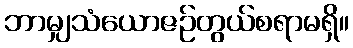
ဘာမျှသံယောဇဉ်တွယ်စရာမရှိ။